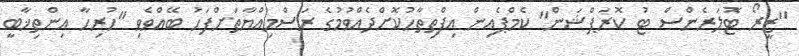
"ޒީރޯ ޓޮލަރެންސް ޓު ކޮރަޕްޝަން" ކެމްޕެއިން އިފްތިތާހުކޮށްދެއްވުމުގެ ރަސްމިއްޔާތަށްފަހު ބޭއްވެވި "ހުރިހާ އިންތިޚާބީ